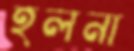
হলনা